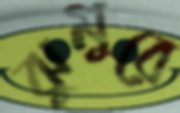
ঝুমুরে